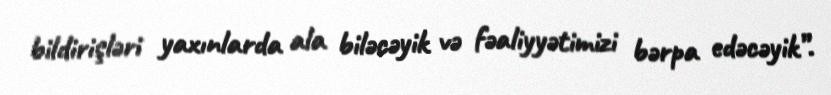
bildirişləri yaxınlarda ala biləcəyik və fəaliyyətimizi bərpa edəcəyik”.